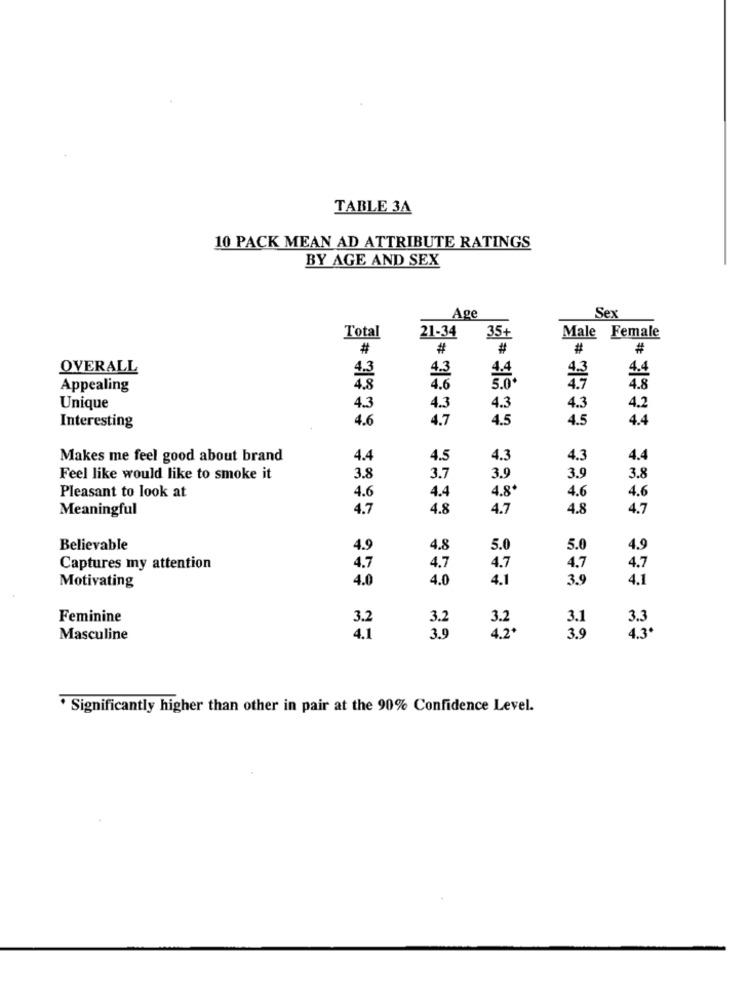
TABLE 34
10 PACK MEAN AD ATTRIBUTE RATINGS
BY AGE AND SEX
Age
Sex
Total
35+
21-34
Male Female
#
#
#
#
#
OVERALL
4.4
4.4
Appealing
4.6
5.0.
4.8
Unique
4.3
4.3
4.3
4.3
4.2
4.6
4.7
4.5
4.5
Interesting
4.4
Makes me feel good about brand
4.4
4.5
4.3
4.3
4.4
Feel like would like to smoke it
3.8
3.7
3.9
3.9
3.8
4.4
4.8*
Pleasant to look at
4.6
4.6
4.6
Meaningful
4.7
4.8
4.7
4.8
4.7
Believable
4.9
4.8
5.0
5.0
4.9
Captures my attention
4.7
4.7
4.7
4.7
4.7
4.0
4.0
4.1
3.9
4.1
Motivating
Feminine
3.2
3.2
3.2
3.1
3.3
Masculine
4.1
3.9
4.2*
3.9
4.3
· Significantly higher than other in pair at the 90% Confidence Level.